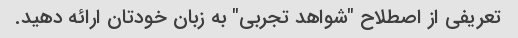
تعریفی از اصطلاح "شواهد تجربی" به زبان خودتان ارائه دهید.